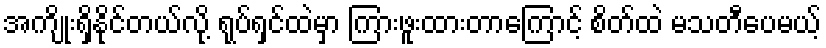
အကျိုးရှိနိုင်တယ်လို့ ရုပ်ရှင်ထဲမှာ ကြားဖူးထားတာကြောင့် စိတ်ထဲ မသတီပေမယ့်